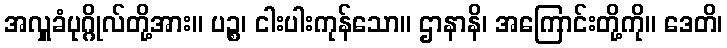
အလှူခံပုဂ္ဂိုလ်တို့အား။ ပဉ္စ၊ ငါးပါးကုန်သော။ ဌာနာနိ၊ အကြောင်းတို့ကို။ ဒေတိ၊